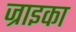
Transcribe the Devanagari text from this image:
ज्राइका